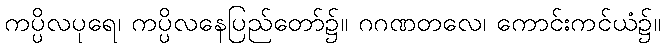
ကပ္ပိလပုရေ၊ ကပ္ပိလနေပြည်တော်၌။ ဂဂဏတလေ၊ ကောင်းကင်ယံ၌။